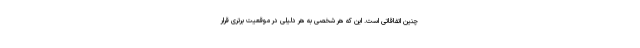
چنین اتفاقاتی است. این که هر شخصی به هر دلیلی در موقعیت برتری قرار